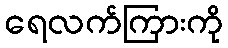
ရေလက်ကြားကို